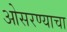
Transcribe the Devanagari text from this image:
ओसरण्याचा